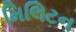
મિલિટન